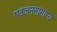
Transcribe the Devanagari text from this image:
एवंजनसामान्य